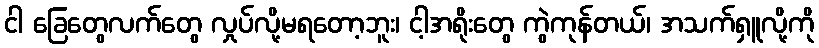
ငါ ခြေတွေလက်တွေ လှုပ်လို့မရတော့ဘူး၊ ငါ့အရိုးတွေ ကွဲကုန်တယ်၊ အသက်ရှူလို့ကို